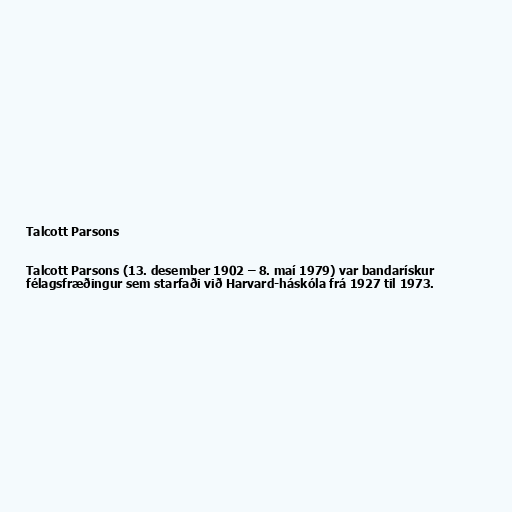
Talcott Parsons

Talcott Parsons (13. desember 1902 – 8. maí 1979) var bandarískur
félagsfræðingur sem starfaði við Harvard-háskóla frá 1927 til 1973.